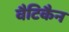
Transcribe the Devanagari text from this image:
वैटिकैन